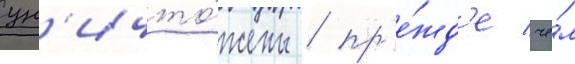
ун'ичто́жены / пр'е́жд'е че́м